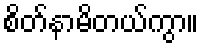
စိတ်နာမိတယ်ကွာ။